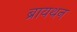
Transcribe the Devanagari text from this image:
ब्रायथन